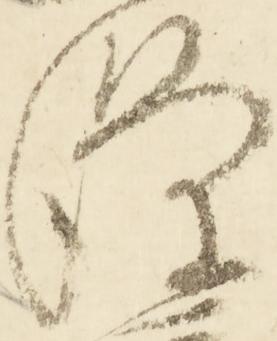
条